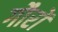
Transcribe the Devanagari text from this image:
गौरों